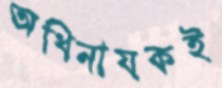
অধিনায়কই